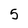
Character: 5